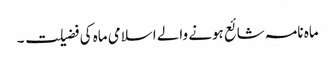
ماہ نامہ شائع ہونے والے اسلامی ماہ کی فضیلت ۔